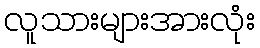
လူသားများအားလုံး